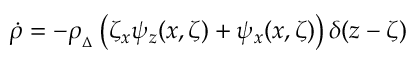
\dot { \rho } = - \rho _ { { } _ { \Delta } } \left( \zeta _ { x } \psi _ { z } ( x , \zeta ) + \psi _ { x } ( x , \zeta ) \right) \delta ( z - \zeta )